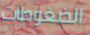
الضغوطات